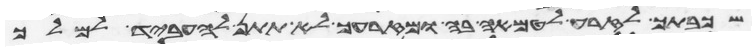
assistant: שכבתך לזרע לטמאה בה ומזרעך לא תתן להעביד למלך